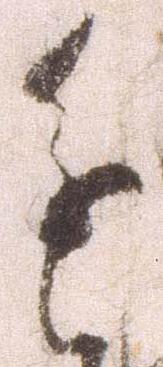
進